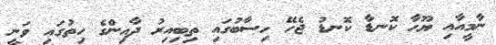
ނާމީއާއި ޔޫހާ ކޮނޑާ ކޮނޑު ޖެހޭ ހިސާބުގައި ތިބިއިރު ދާއިންގެ ހިތުގައި ވަނީ